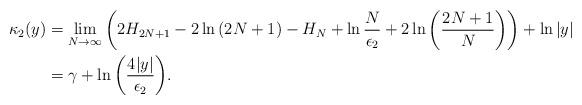
LaTeX: \begin{align*}\kappa_2(y) &= \lim_{N \to \infty}\left(2H_{2N + 1} - 2\ln\left(2N + 1\right) - H_{N} + \ln{\frac{N}{\epsilon_2}}+ 2\ln\left(\frac{2N + 1}{N}\right)\right) + \ln{\lvert y \rvert}\\&= \gamma + \ln{\left(\frac{4\lvert y \rvert}{\epsilon_2}\right)}.\end{align*}